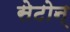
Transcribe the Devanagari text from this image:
सेटोन्